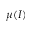
\mu ( I )